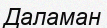
Даламан